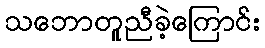
သဘောတူညီခဲ့ကြောင်း